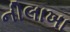
નીલાખા